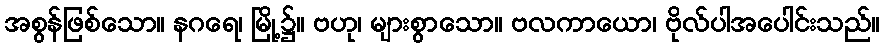
အစွန်ဖြစ်သော။ နဂရေ၊ မြို့၌။ ဗဟု၊ များစွာသော။ ဗလကာယော၊ ဗိုလ်ပါအပေါင်းသည်။